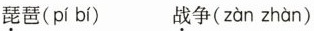
琵琶( pí bí ) 战争( zàn zhàn )